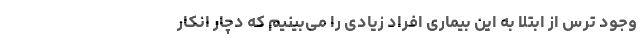
وجود ترس از ابتلا به این بیماری افراد زیادی را می‌بینیم که دچار انکار